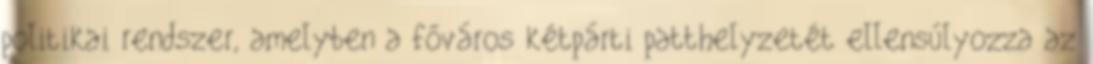
politikai rendszer, amelyben a főváros kétpárti patthelyzetét ellensúlyozza az